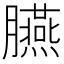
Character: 臙